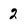
Character: 2